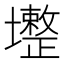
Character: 𡓟